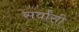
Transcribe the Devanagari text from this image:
सर्वांसी